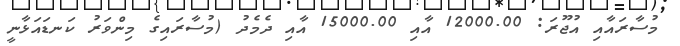
މުސާރައާއި އުޖޫރަ: 12000.00 އާއި 15000.00 އާއި ދެމެދު (މުސާރައިގެ މިންވަރު ކަނޑައަޅާނީ